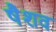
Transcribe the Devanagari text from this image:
षैशव